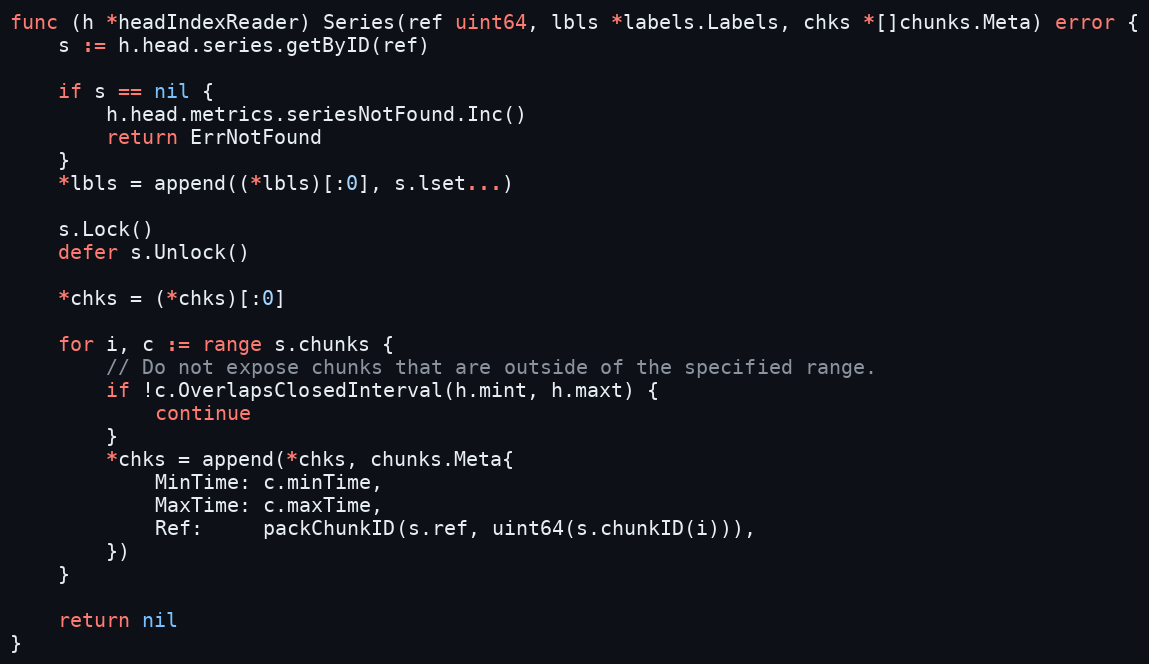
Language: Go
func (h *headIndexReader) Series(ref uint64, lbls *labels.Labels, chks *[]chunks.Meta) error {
	s := h.head.series.getByID(ref)

	if s == nil {
		h.head.metrics.seriesNotFound.Inc()
		return ErrNotFound
	}
	*lbls = append((*lbls)[:0], s.lset...)

	s.Lock()
	defer s.Unlock()

	*chks = (*chks)[:0]

	for i, c := range s.chunks {
		// Do not expose chunks that are outside of the specified range.
		if !c.OverlapsClosedInterval(h.mint, h.maxt) {
			continue
		}
		*chks = append(*chks, chunks.Meta{
			MinTime: c.minTime,
			MaxTime: c.maxTime,
			Ref:     packChunkID(s.ref, uint64(s.chunkID(i))),
		})
	}

	return nil
}